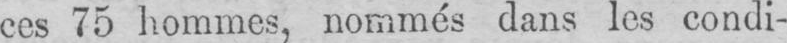
ces 75 hommes, nommés dans les condi-